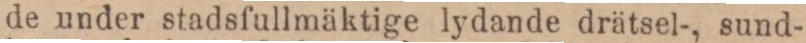
de under stadsfullmäktige lydande drätsel-, sund-